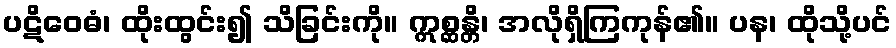
ပဋိဝေဓံ၊ ထိုးထွင်း၍ သိခြင်းကို။ ဣစ္ဆန္တိ၊ အလိုရှိကြကုန်၏။ ပန၊ ထိုသို့ပင်